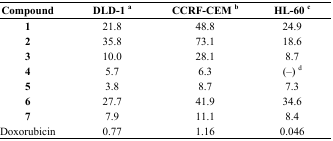
| Compound | DLD-1 a | CCRF-CEM b | HL-60 c |
 | --- | --- | --- | --- |
 | 1 | 21.8 | 48.8 | 24.9 |
 | 2 | 35.8 | 73.1 | 18.6 |
 | 3 | 10.0 | 28.1 | 8.7 |
 | 4 | 5.7 | 6.3 | (–) d |
 | 5 | 3.8 | 8.7 | 7.3 |
 | 6 | 27.7 | 41.9 | 34.6 |
 | 7 | 7.9 | 11.1 | 8.4 |
 | Doxorubicin | 0.77 | 1.16 | 0.046 |